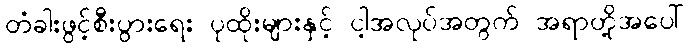
တံခါးဖွင့်စီးပွားရေး ပုထိုးများနှင့် ငါ့အလုပ်အတွက် အရာတို့အပေါ်